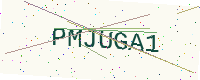
Text: PMJUGA1